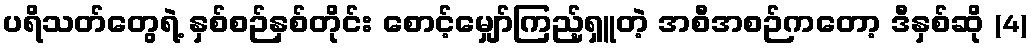
ပရိသတ်တွေရဲ့ နှစ်စဉ်နှစ်တိုင်း စောင့်မျှော်ကြည့်ရှူတဲ့ အစီအစဉ်ကတော့ ဒီနှစ်ဆို (4)